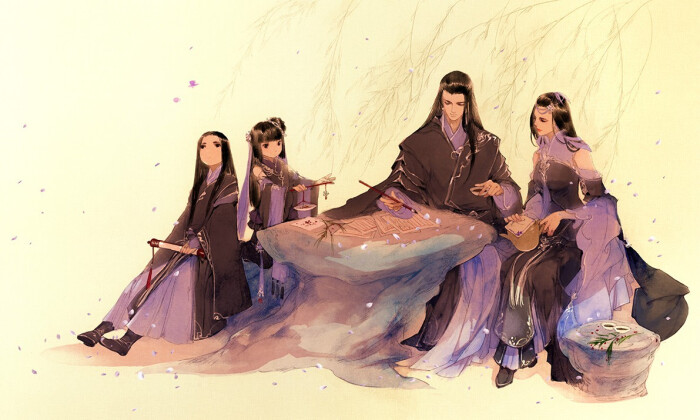
卷尽残花风未定，休恨，花开元自要春风。